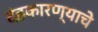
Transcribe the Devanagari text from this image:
दंडकारण्याचे